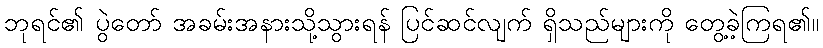
ဘုရင်၏ ပွဲတော် အခမ်းအနားသို့သွားရန် ပြင်ဆင်လျက် ရှိသည်များကို တွေ့ခဲ့ကြရ၏။